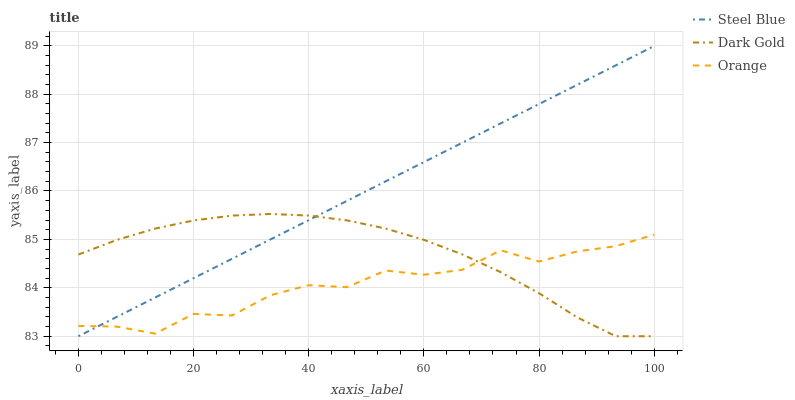
| xaxis_label | Steel Blue | Dark Gold | Orange |
 | --- | --- | --- | --- |
 | 0 | 83 | 84.7 | 83.2 |
 | 6.67 | 83.4 | 85 | 83.2 |
 | 13.3 | 83.8 | 85.2 | 83.1 |
 | 20 | 84.2 | 85.4 | 83.5 |
 | 26.7 | 84.6 | 85.5 | 83.4 |
 | 33.3 | 85 | 85.5 | 83.8 |
 | 40 | 85.4 | 85.5 | 84.1 |
 | 46.7 | 85.8 | 85.4 | 84 |
 | 53.3 | 86.2 | 85.2 | 84.4 |
 | 60 | 86.6 | 85 | 84.3 |
 | 66.7 | 87 | 84.7 | 84.4 |
 | 73.3 | 87.4 | 84.3 | 84.8 |
 | 80 | 87.8 | 83.9 | 84.5 |
 | 86.7 | 88.2 | 83.4 | 84.8 |
 | 93.3 | 88.6 | 83 | 84.9 |
 | 100 | 89 | 83 | 85.1 |